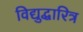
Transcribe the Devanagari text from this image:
विद्युद्धारित्र